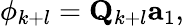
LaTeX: \phi_{k+l}=\mathbf{Q}_{k+l}\mathbf{a}_{1},